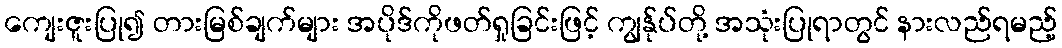
ကျေးဇူးပြု၍ တားမြစ်ချက်များ အပိုဒ်ကိုဖတ်ရှုခြင်းဖြင့် ကျွန်ုပ်တို့ အသုံးပြုရာတွင် နားလည်ရမည့်